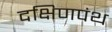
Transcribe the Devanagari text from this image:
दक्षिणपंथ